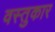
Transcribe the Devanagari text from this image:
वस्तुकार